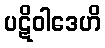
ပဋိဝါဒေဟိ